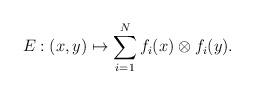
LaTeX: \begin{align*}E : (x,y) \mapsto \sum_{i=1}^{N} f_i(x) \otimes f_i(y).\end{align*}